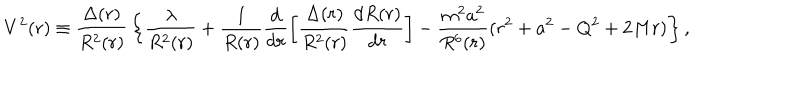
V ^ { 2 } ( r ) \equiv { \frac { \Delta ( r ) } { R ^ { 2 } ( r ) } } \left\{ \frac { \lambda } { R ^ { 2 } ( r ) } + \frac { 1 } { R ( r ) } \frac { \mathrm { d } } { \mathrm { d } r } \left[ \frac { \Delta ( r ) } { R ^ { 2 } ( r ) } \frac { \mathrm { d } R ( r ) } { \mathrm { d } r } \right] - { \frac { m ^ { 2 } a ^ { 2 } } { R ^ { 6 } ( r ) } } ( r ^ { 2 } + a ^ { 2 } - Q ^ { 2 } + 2 M r ) \right\} ,